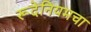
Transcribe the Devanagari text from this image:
रूदेनियमचा